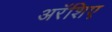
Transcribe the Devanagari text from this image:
अरॅशिए